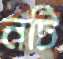
নটি